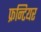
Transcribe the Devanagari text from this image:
फ्रन्टियर